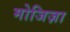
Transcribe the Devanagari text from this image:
मोजिज़ा